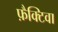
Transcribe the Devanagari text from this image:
फ़ैक्टिवा